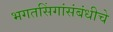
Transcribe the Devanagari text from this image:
भगतसिंगांसंबंधीचे